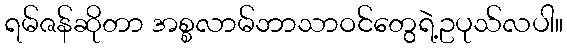
ရမ်ဇန်ဆိုတာ အစ္စလာမ်ဘာသာဝင်တွေရဲ့ဥပုသ်လပါ။